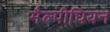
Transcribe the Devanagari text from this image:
मैल्पीघियन